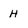
Character: H